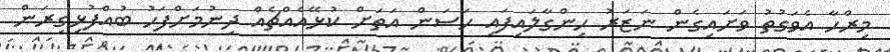
މިރްހާ އެވަގުތު ވަށައިގެން ނަޒަރު ހިންގާލައިފައި ހަސަން އަތަށް ކުޅޭއެއްޗެއް ދިނުމަށްފަހު ބުއްފުޅިގިރަން